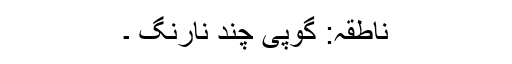
ناطقہ: گوپی چند نارنگ ۔